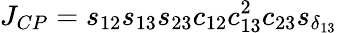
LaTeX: J_{CP}=s_{12}s_{13}s_{23}c_{12}c_{13}^{2}c_{23}s_{\delta_{13}}